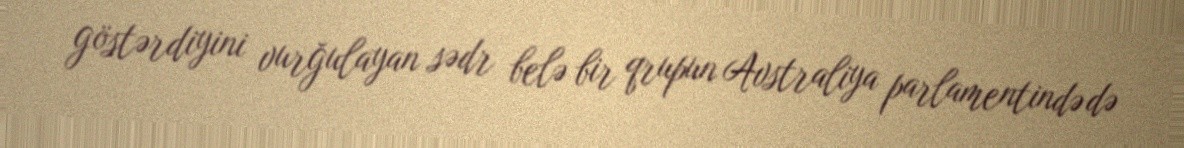
göstərdiyini vurğulayan sədr belə bir qrupun Avstraliya parlamentində də